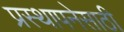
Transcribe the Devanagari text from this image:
प्रस्थापनेसाठी